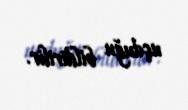
uçduğu bildirilir.